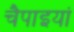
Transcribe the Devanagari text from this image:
चैपाइयां